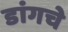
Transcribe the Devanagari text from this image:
डांगचे